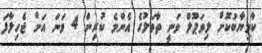
ކާމިޔާބުކޮށް ލިވަޕޫލް ވަނީ ތާވަލުގެ އެންމެ ކުރިން 4 ވަނަ އަށް ޖެހިލާފަ